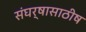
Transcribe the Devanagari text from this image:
संघर्षासाठीष